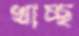
খাচ্ছ